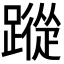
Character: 𮜕